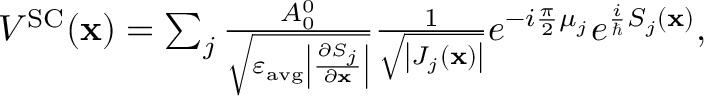
\begin{array} { r } { V ^ { \mathrm { S C } } ( \mathbf { x } ) = \sum _ { j } \frac { A _ { 0 } ^ { 0 } } { \sqrt { \varepsilon _ { \mathrm { a v g } } \left| \frac { \partial S _ { j } } { \partial \mathbf { x } } \right| } } \frac { 1 } { \sqrt { \left| J _ { j } ( \mathbf { x } ) \right| } } e ^ { - i \frac { \pi } { 2 } \mu _ { j } } e ^ { \frac { i } { \hbar } S _ { j } ( \mathbf { x } ) } , } \end{array}